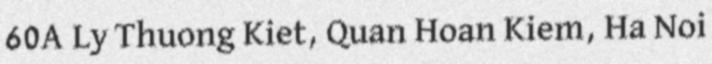
60A Ly Thuong Kiet, Quan Hoan Kiem, Ha Noi